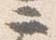
二